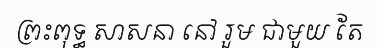
ព្រះពុទ្ធ សាសនា នៅ រួម ជាមួយ តែ